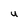
Character: U